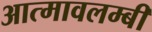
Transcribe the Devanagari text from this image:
आत्मावलम्बी